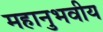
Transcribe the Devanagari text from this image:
महानुभवीय